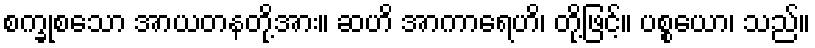
စက္ခုစသော အာယတနတို့အား။ ဆဟိ အာကာရေဟိ၊ တို့ဖြင့်။ ပစ္စယော၊ သည်။